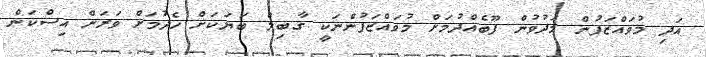
އަދި މުވައްޒަފުން މަދުވުން ފޫބެއްދުމަށް މުވައްޒަފުންނަކީ ގާބިލް ބަޔަކަށް ހެދުމަށް ވަރަށް އިސްކަން